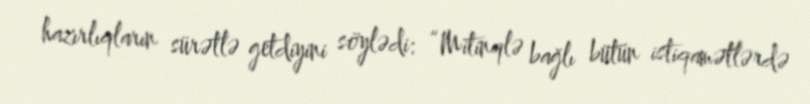
hazırlıqların sürətlə getdiyini söylədi: “Mitinqlə bağlı bütün istiqamətlərdə